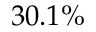
3 0 . 1 \%